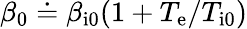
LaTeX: \beta_{0}\doteq\beta_{\mathrm{i0}}(1+T_{\mathrm{e}}/T_{\mathrm{i0}})